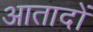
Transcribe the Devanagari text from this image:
आतादों